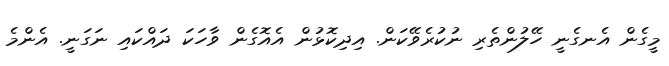
މީގެން އެނގެނީ ހޭލުންތެރި ނުކުރެވޭކަން. އިދިކޮޅުން އެއޮގެން ވާހަކަ ދައްކައި ނަގަނީ. އެންމެ